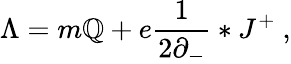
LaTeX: \Lambda=m\mathbb{Q}+e\frac{{1}}{{2\partial_{-}}}*J^{+}\ ,